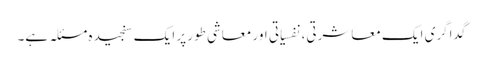
گداگری ایک معاشرتی، نفسیاتی اور معاشی طور پر ایک سنجیدہ مسئلہ ہے۔